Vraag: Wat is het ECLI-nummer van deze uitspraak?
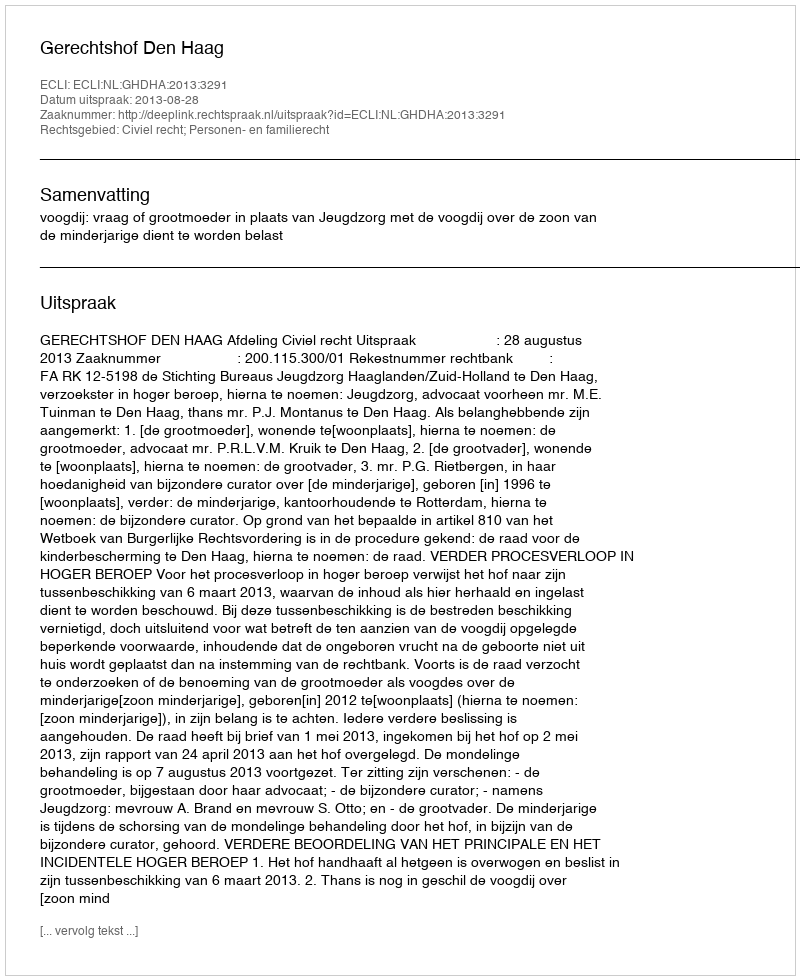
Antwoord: ECLI:NL:GHDHA:2013:3291